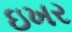
ઇખર